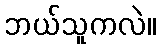
ဘယ်သူကလဲ။